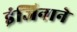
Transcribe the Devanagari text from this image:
इंजिनाने